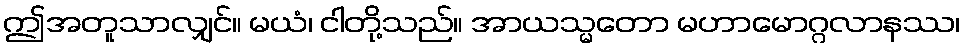
ဤအတူသာလျှင်။ မယံ၊ ငါတို့သည်။ အာယသ္မတော မဟာမောဂ္ဂလာနဿ၊